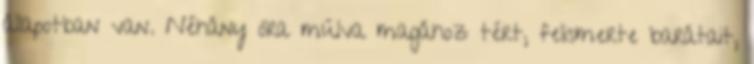
állapotban van. Néhány óra múlva magához tért, felismerte barátait,